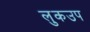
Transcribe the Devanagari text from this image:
लुकउप